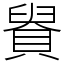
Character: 䝿